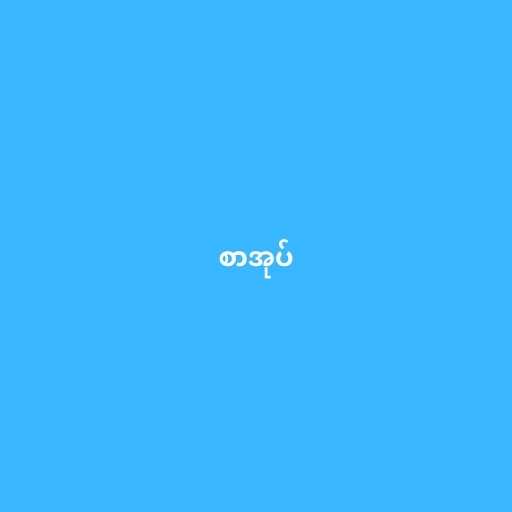
စာအုပ်